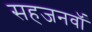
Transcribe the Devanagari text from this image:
सहजनवॉं